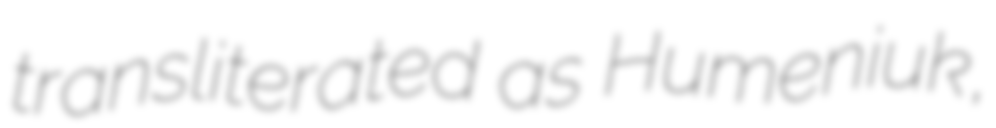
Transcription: transliterated as Humeniuk,